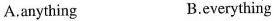
A.anything B.everything